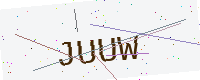
Text: JUUW